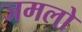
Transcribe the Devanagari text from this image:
जमलो